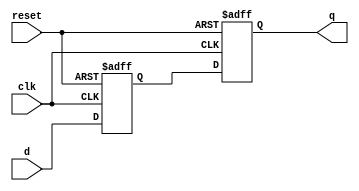
module dff_delay (
    input         clk,
    input         reset,
    input         d,
    output        q
);

parameter delay = 1; // specify the delay in clock cycles

reg            q_reg;
reg [delay-1:0] d_reg;

always @(posedge clk or posedge reset) begin
    if (reset) begin
        q_reg <= 1'b0;
        d_reg <= {delay{1'b0}};
    end else begin
        d_reg <= {d_reg[delay-2:0], d};
        q_reg <= d_reg[delay-1];
    end
end

assign q = q_reg;

endmodule